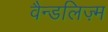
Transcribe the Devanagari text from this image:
वैन्डलिज़्म